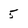
Character: 5